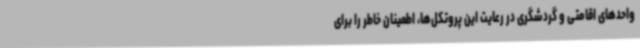
واحدهای اقامتی و گردشگری در رعایت این پروتکل‌ها، اطمینان خاطر را برای